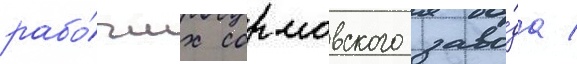
рабо́чих сормовского заво́да /